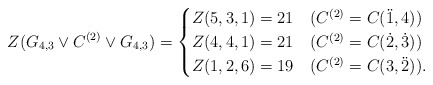
\begin{align*} Z(G_{4,3}\vee C^{(2)} \vee G_{4,3}) = \begin{cases} Z(5,3,1)=21 &(C^{(2)}=C(\ddot 1,4))\\ Z(4,4,1)=21 &(C^{(2)}=C(\dot 2,\dot 3))\\ Z(1,2,6)=19 &(C^{(2)}=C(3,\ddot 2)). \end{cases} \end{align*}